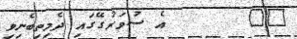
٧٦       އެ ސުވަރުގޭގައި ދެމިތިބެނިވި